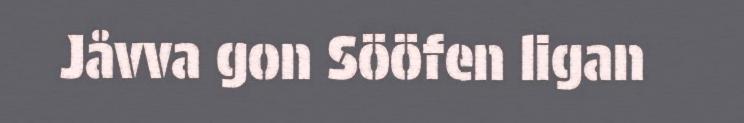
Jåvva gon Sööfen ligan